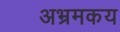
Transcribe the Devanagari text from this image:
अभ्रमकय